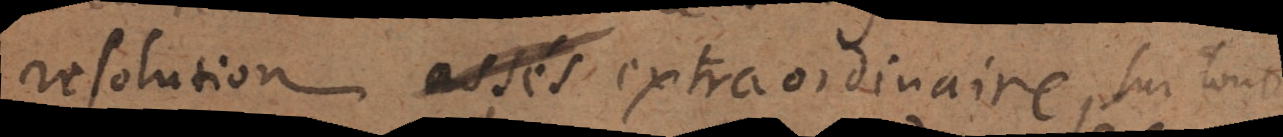
resolution aussi extraordinaire sur tout